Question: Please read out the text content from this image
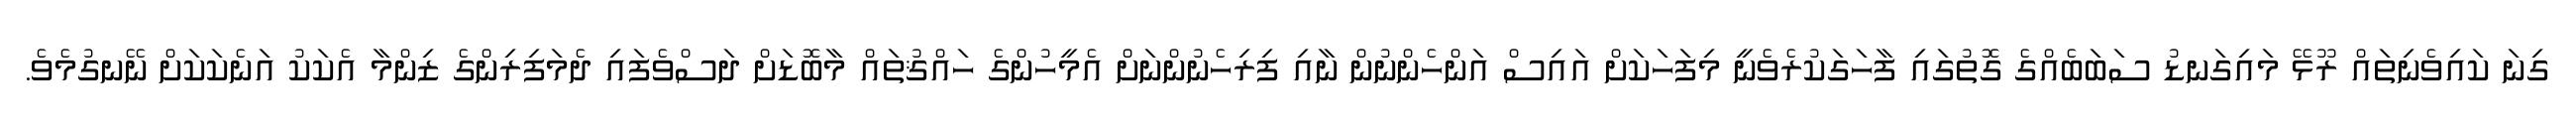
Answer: ގިނަ ކައިވެނިތައް ރޫޅޭ މައިގަނޑު ސަބަބެއްގެ ގޮތުގައި ފާހަގަކުރެވެނީ މިފަހަކަށް އައިސް އަންހެންނުން ނާއި ފިރިހެނުންނަށް އެމީހުންގެ ހައްޤުތައް މާބޮޑަށް ދަސްވެފައި ދެމަފިރިންގެ ޒިންމާ އެކަކު އަނެކަކަށް ނޭނގުމެވެ.